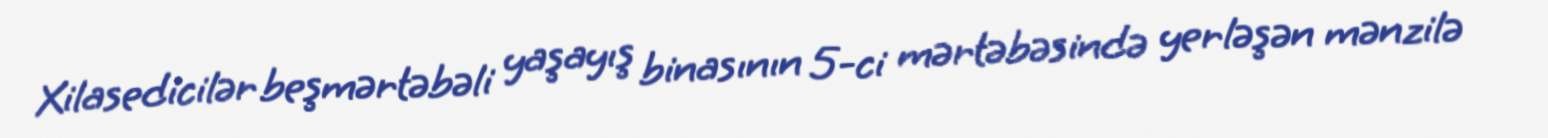
Xilasedicilər beşmərtəbəli yaşayış binasının 5-ci mərtəbəsində yerləşən mənzilə